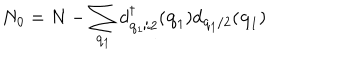
LaTeX: N _ { 0 } = N - \sum _ { { \bf { q } } _ { 1 } } d _ { { \bf { q } } _ { 1 } / 2 } ^ { \dagger } ( { \bf { q } } _ { 1 } ) d _ { { \bf { q } } _ { 1 } / 2 } ( { \bf { q } } _ { 1 } )